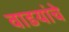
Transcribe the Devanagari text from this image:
वाडयांचे